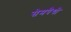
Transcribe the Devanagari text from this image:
सेमपैथी